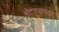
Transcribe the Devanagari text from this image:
भेटण्याच्या